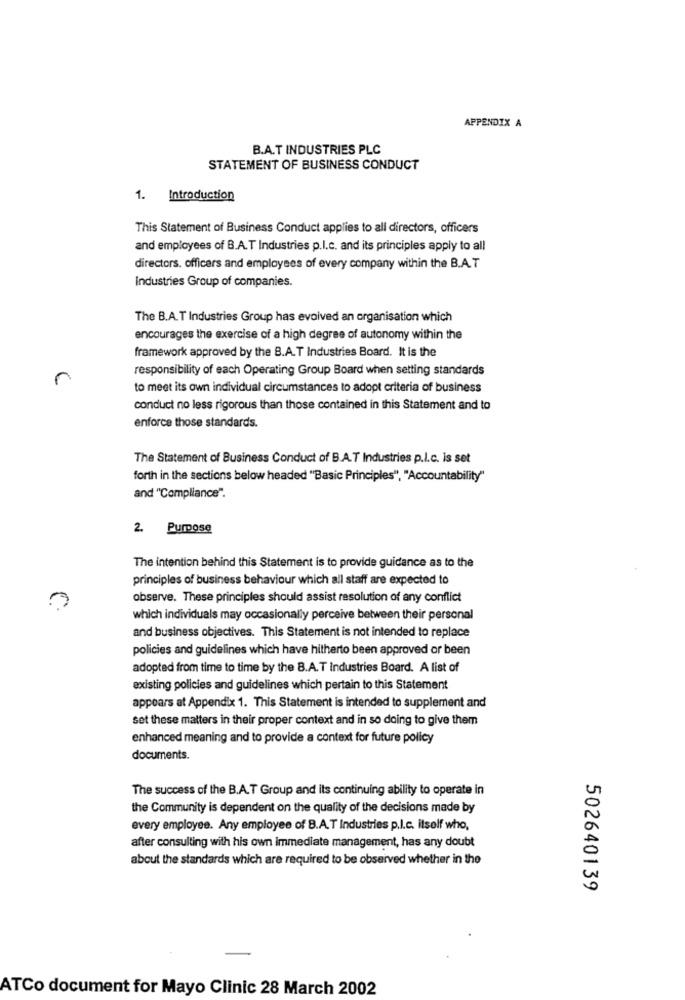
APPENDIX A
B.A.T INDUSTRIES PLC
STATEMENT OF BUSINESS CONDUCT
1. Introduction
This Statement of Business Conduct applies to all directors, officers
and employees of B.A.T Industries p.I.c. and its principles apply to all
directors. officers and employees of every company within the B.A.T
Industries Group of companies.
The B.A.T Industries Group has evolved an organisation which
encourages the exercise of a high degree of autonomy within the
framework approved by the B.A.T Industries Board. It is the
responsibility of each Operating Group Board when setting standards
r
to meet its own individual circumstances to adopt criteria of business
conduct no less rigorous than those contained in this Statement and to
enforce those standards.
The Statement of Business Conduct of B.A.T Industries p.I.c. is set
forth in the sections below headed "Basic Principles", "Accountability"
and "Compliance".
2. Purpose
The intention behind this Statement is to provide guidance as to the
principles of business behaviour which all staff are expected to
observe. These principles should assist resolution of any conflict
which individuals may occasionally perceive between their personal
and business objectives. This Statement is not intended to replace
policies and guidelines which have hitherto been approved or been
adopted from time to time by the B.A.T Industries Board. A list of
existing policies and guidelines which pertain to this Statement
appears at Appendix 1. This Statement is intended to supplement and
set these matters in their proper context and in so doing to give them
enhanced meaning and to provide a context for future policy
documents.
The success of the B.A.T Group and its continuing ability to operate in
U
the Community is dependent on the quality of the decisions made by
every employee. Any employee of B.A.T Industries p.I.c. itself who,
after consulting with his own immediate management, has any doubt
about the standards which are required to be observed whether in the
0
502640139
ATCo document for Mayo Clinic 28 March 2002